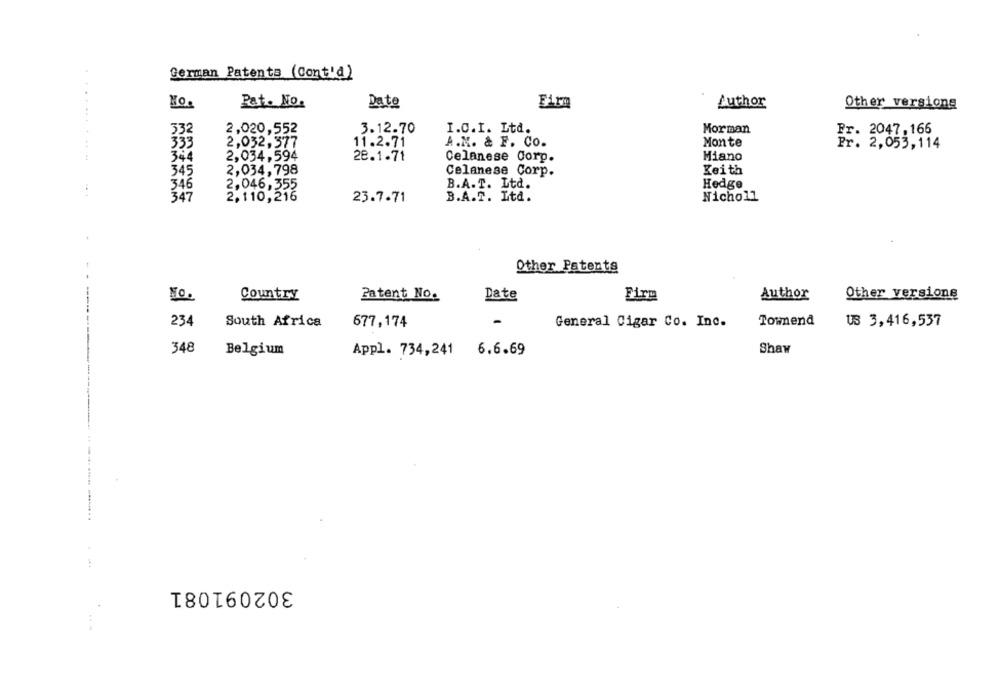
German Patents (Cont'd)
Pat. No.
Date
Fim
Author
Other versions
332
2,020,552
3.12.70
I.C.I. Ltd.
Morman
Pr. 2047,166
333
2,032,377
11.2.71
A.M. & F. Co.
Monte
Pr. 2,053,114
344
2,034,594
28.1.71
Celanese Corp.
Miano
345
2,034,798
Celanese Corp.
Keith
346
2,046,355
B.A.T. Ltd.
Hedge
347
2,110,216
23.7.71
B.A.T. Ltd.
Nicholl
Other Patents
Country
Patent No.
Date
Author
Other versione
No.
Firm
234
South Africa
677,174
-
General Cigar Co. Inc.
Townend
US 3,416,537
348
Belgium
Shaw
Appl. 734,241 6.6.69
302091081